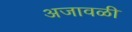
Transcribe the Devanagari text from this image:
अजावळी